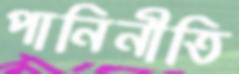
পানিনীতি